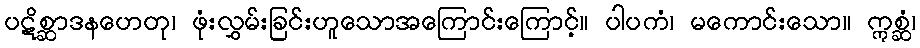
ပဋိစ္ဆာဒနဟေတု၊ ဖုံးလွှမ်းခြင်းဟူသောအကြောင်းကြောင့်။ ပါပကံ၊ မကောင်းသော။ ဣစ္ဆံ၊